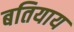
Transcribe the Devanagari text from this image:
बतियाय